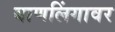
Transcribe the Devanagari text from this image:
बाणलिंगावर